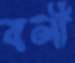
বলী